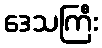
ဒေသကြီး